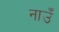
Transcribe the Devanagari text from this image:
नाउँ